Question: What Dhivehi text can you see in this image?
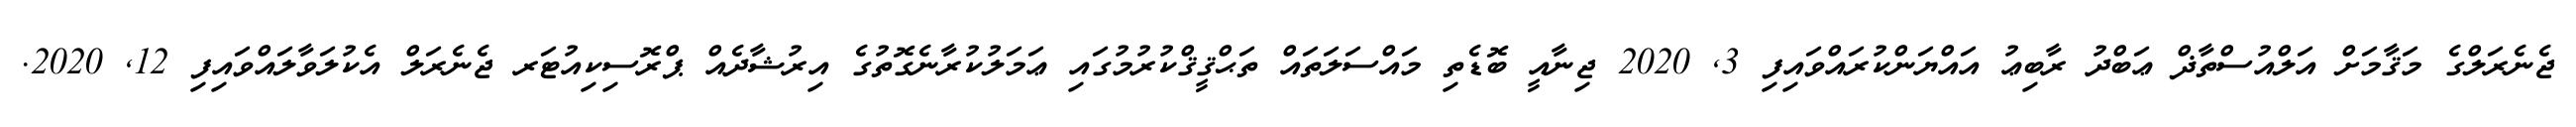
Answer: ޖެނެރަލްގެ މަޤާމަށް އަލްއުސްތާޛް ޢަބްދު ރާބިޢު އައްޔަންކުރައްވައިފި 3, 2020 ޖިނާއީ ބޮޑެތި މައްސަލަތައް ތަޙްޤީޤްކުރުމުގައި ޢަމަލުކުރާނެގޮތުގެ އިރުޝާދެއް ޕްރޮސިކިއުޓަރ ޖެނެރަލް އެކުލަވާލައްވައިފި 12, 2020.